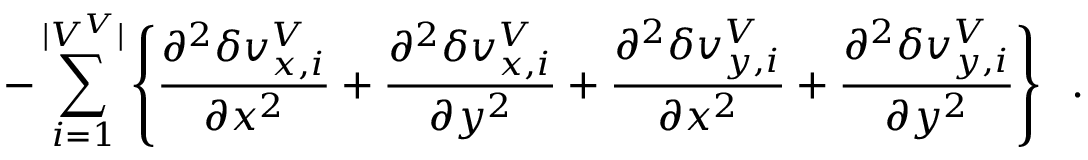
- \sum _ { i = 1 } ^ { | V ^ { V } | } \left\{ \frac { \partial ^ { 2 } \delta v _ { x , i } ^ { V } } { \partial x ^ { 2 } } + \frac { \partial ^ { 2 } \delta v _ { x , i } ^ { V } } { \partial y ^ { 2 } } + \frac { \partial ^ { 2 } \delta v _ { y , i } ^ { V } } { \partial x ^ { 2 } } + \frac { \partial ^ { 2 } \delta v _ { y , i } ^ { V } } { \partial y ^ { 2 } } \right\} \; \; .